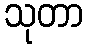
သုတာ